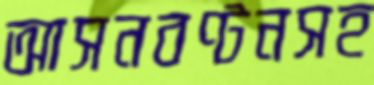
আসনবণ্টনসহ